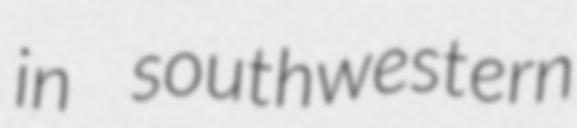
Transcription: in southwestern